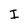
Character: I